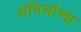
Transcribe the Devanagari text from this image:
रोमिओच्या